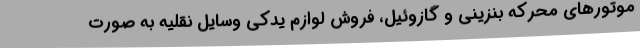
موتورهای محرکه بنزینی و گازوئیل، فروش لوازم یدکی وسایل نقلیه به صورت